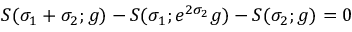
S ( \sigma _ { 1 } + \sigma _ { 2 } ; g ) - S ( \sigma _ { 1 } ; e ^ { 2 \sigma _ { 2 } } g ) - S ( \sigma _ { 2 } ; g ) = 0